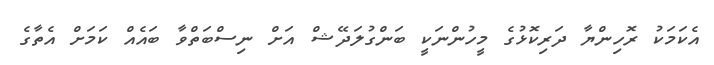
އެކަމަކު ރޮހިންޔާ ދަރިކޮޅުގެ މީހުންނަކީ ބަންގުލަދޭޝް އަށް ނިސްބަތްވާ ބައެއް ކަމަށް އެތާގެ